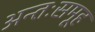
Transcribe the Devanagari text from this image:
अन्तःसमूह